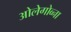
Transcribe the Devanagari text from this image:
ओलेगोव्ना